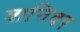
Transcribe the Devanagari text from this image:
शनिवर